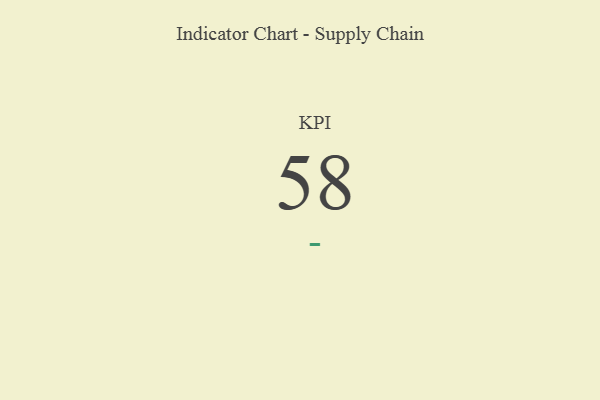
{"axis": {"x": "KPI", "y": "Value"}, "legend": [""], "data": [{"x": "KPI", "y": 58, "type": ""}]}